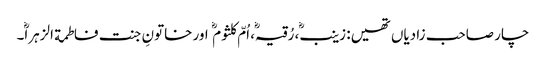
چار صاحب زادیاں تھیں: زینب، رُقیہ، اُمّ کلثوم اور خاتونِ جنت فاطمة الزہرا۔